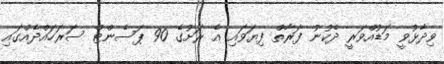
ވިދާޅުވީ މަޑުއްވަރީ ދެކުނު ފަރާތް ފިޔަވައި އެ ރަށުގެ 90 ޕަސެންޓް ސަރަހައްދެއްގައި